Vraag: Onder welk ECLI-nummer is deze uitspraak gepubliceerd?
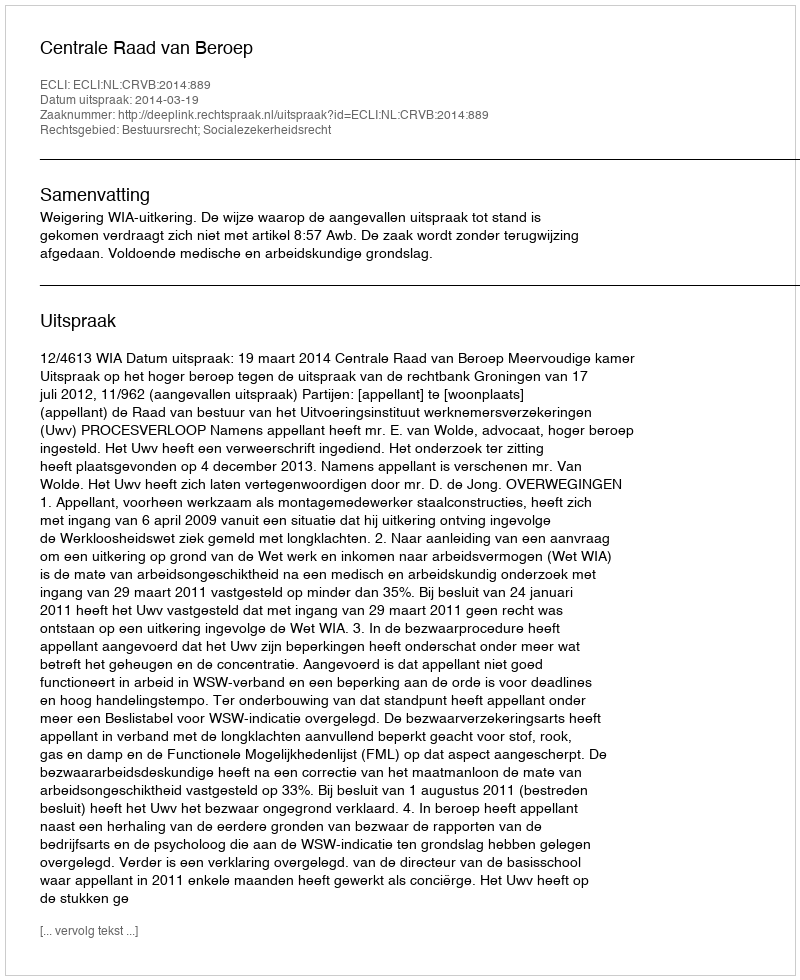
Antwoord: ECLI:NL:CRVB:2014:889